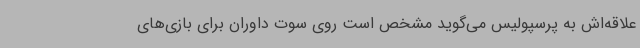
علاقه‌اش به پرسپولیس می‌گوید مشخص است روی سوت داوران برای بازی‌های